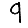
Digit: 9